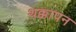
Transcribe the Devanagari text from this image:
थक्कापन